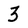
Character: 3